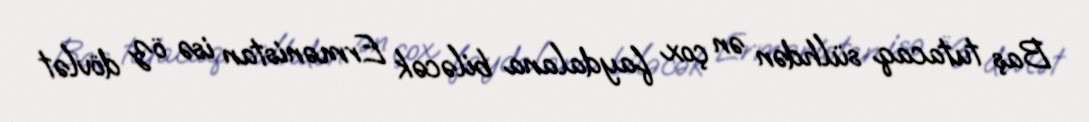
Baş tutacaq sülhdən ən çox faydalana biləcək Ermənistan isə öz dövlət